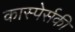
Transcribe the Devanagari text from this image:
कास्पेर्सकी